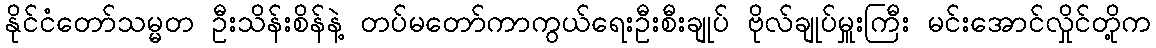
နိုင်ငံတော်သမ္မတ ဦးသိန်းစိန်နဲ့ တပ်မတော်ကာကွယ်ရေးဦးစီးချုပ် ဗိုလ်ချုပ်မှူးကြီး မင်းအောင်လှိုင်တို့က